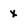
Character: x